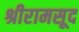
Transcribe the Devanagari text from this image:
श्रीरामसूद